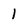
Character: 1